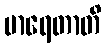
မာရေတာတိ